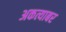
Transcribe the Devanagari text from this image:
अकत्याबर